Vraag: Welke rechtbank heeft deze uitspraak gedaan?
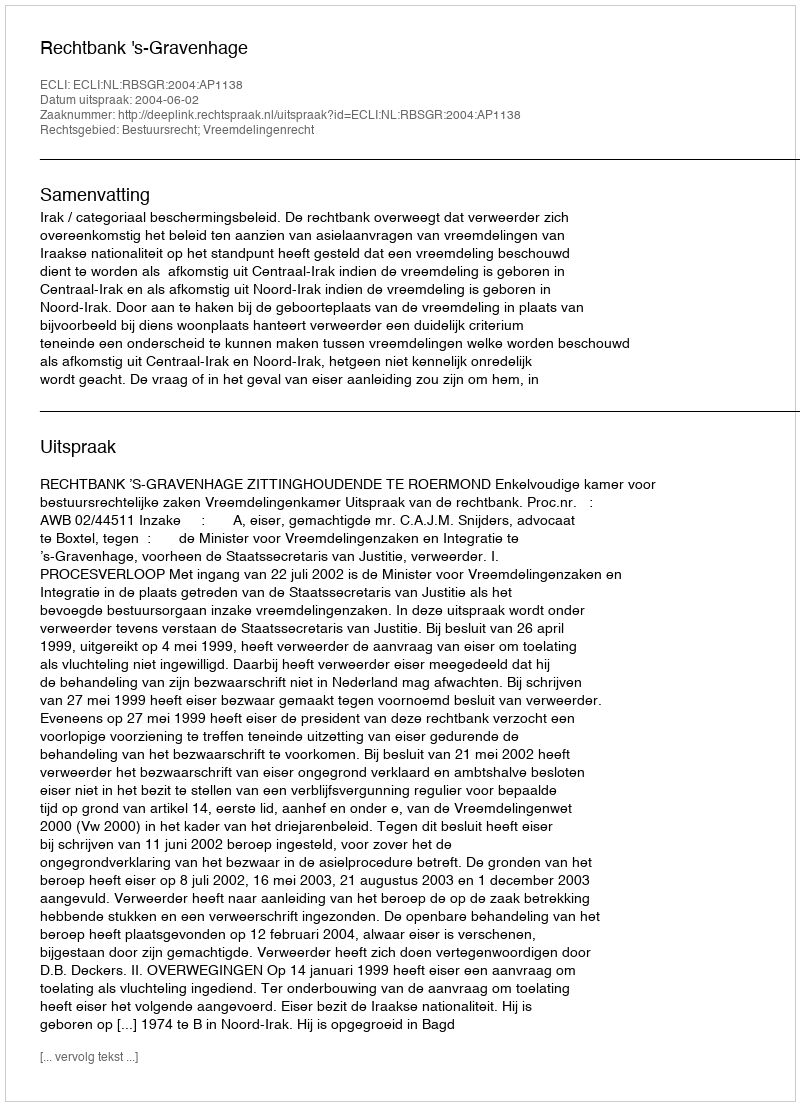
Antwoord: Rechtbank 's-Gravenhage